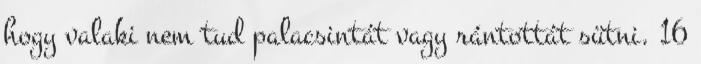
hogy valaki nem tud palacsintát vagy rántottát sütni. 16